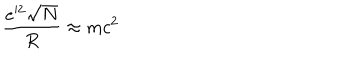
\frac { e ^ { 2 } \sqrt { N } } { R } \approx m c ^ { 2 }